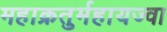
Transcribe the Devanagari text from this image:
महाक्रतुर्महायज्वा